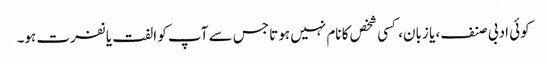
کوئی ادبی صنف، یا زبان، کسی شخص کا نام نہیں ہوتا جس سے آپ کو الفت یا نفرت ہو۔